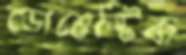
ডোমেস্টিক